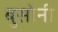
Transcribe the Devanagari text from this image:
बुसोनी